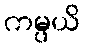
ကမ္ပယိ